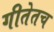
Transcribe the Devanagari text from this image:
गीतेतच